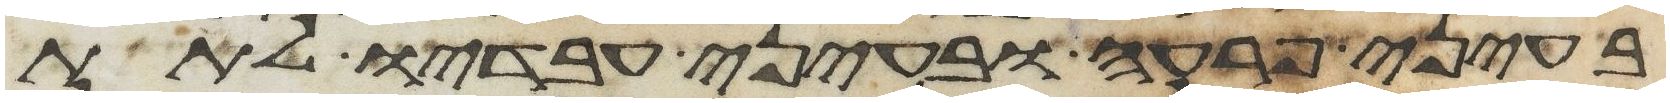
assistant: בעיני פרעה ובעיני עבדיו לתת